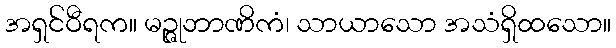
အရှင်ဝီရက။ မဉ္ဇုဘာဏိကံ၊ သာယာသော အသံရှိထသော။